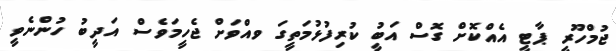
ޖުމްހޫރީ ޕާޓީ އެއްކޮށް ގޮސް އަބީު ކުރިފުޅުމަތީގަ ވއްވަށް ޖެހީމަވެސް އަދީބު ހުންނެވީ